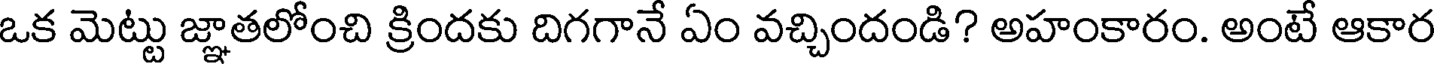
ఒక మెట్టు జ్ఞాతలోంచి క్రిందకు దిగగానే ఏం వచ్చిందండి? అహంకారం. అంటే ఆకార